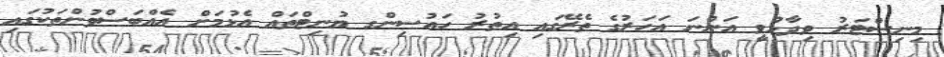
މިނިސްޓަރު ވިދާޅުވީ އަންނަ އަހަރުގެ ތެރޭގައި އިތުރު ހައުސިންގ ޔުނިޓްތައް އެޅުމަށް އެއްބަސްވުންތަކުގައި